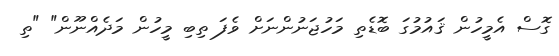
ގޮސް އެމީހުން ޤައުމުގަ ބޮޑެތި މަހުޖަނުންނަށް ވެފަ ތިބި މީހުން މަދެއްނޫން" "ތި